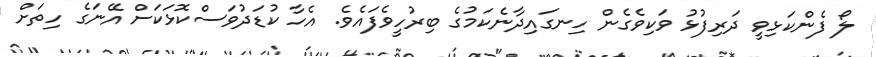
ލޯ ފެންކަޅިވީ ދަރިފުޅު ވަކިވެގެން ހިނގައިދާނެކަމުގެ ބިރުހީވެފައެވެ. އެހާ ކުޑަދުވަސްކޮޅަކަށް އޭނަގެ ހިތަށް